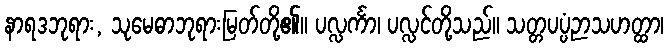
နာရဒဘုရား, သုမေဓာဘုရားမြတ်တို့၏။ ပလ္လင်္ကာ၊ ပလ္လင်တို့သည်။ သတ္တပပ္ပံဉာသဟတ္ထာ၊